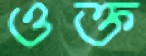
ওক্ত